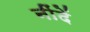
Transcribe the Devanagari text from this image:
नींदें